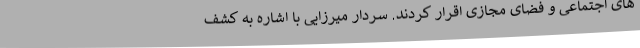
های اجتماعی و فضای مجازی اقرار کردند. سردار میرزایی با اشاره به کشف